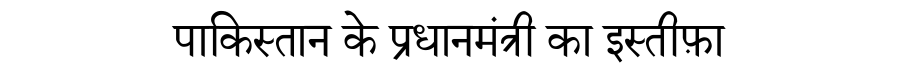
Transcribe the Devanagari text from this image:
पाकिस्तान के प्रधानमंत्री का इस्तीफ़ा